NAE_ERA_R-1992_EV_Ehitusministeerium, lk 9
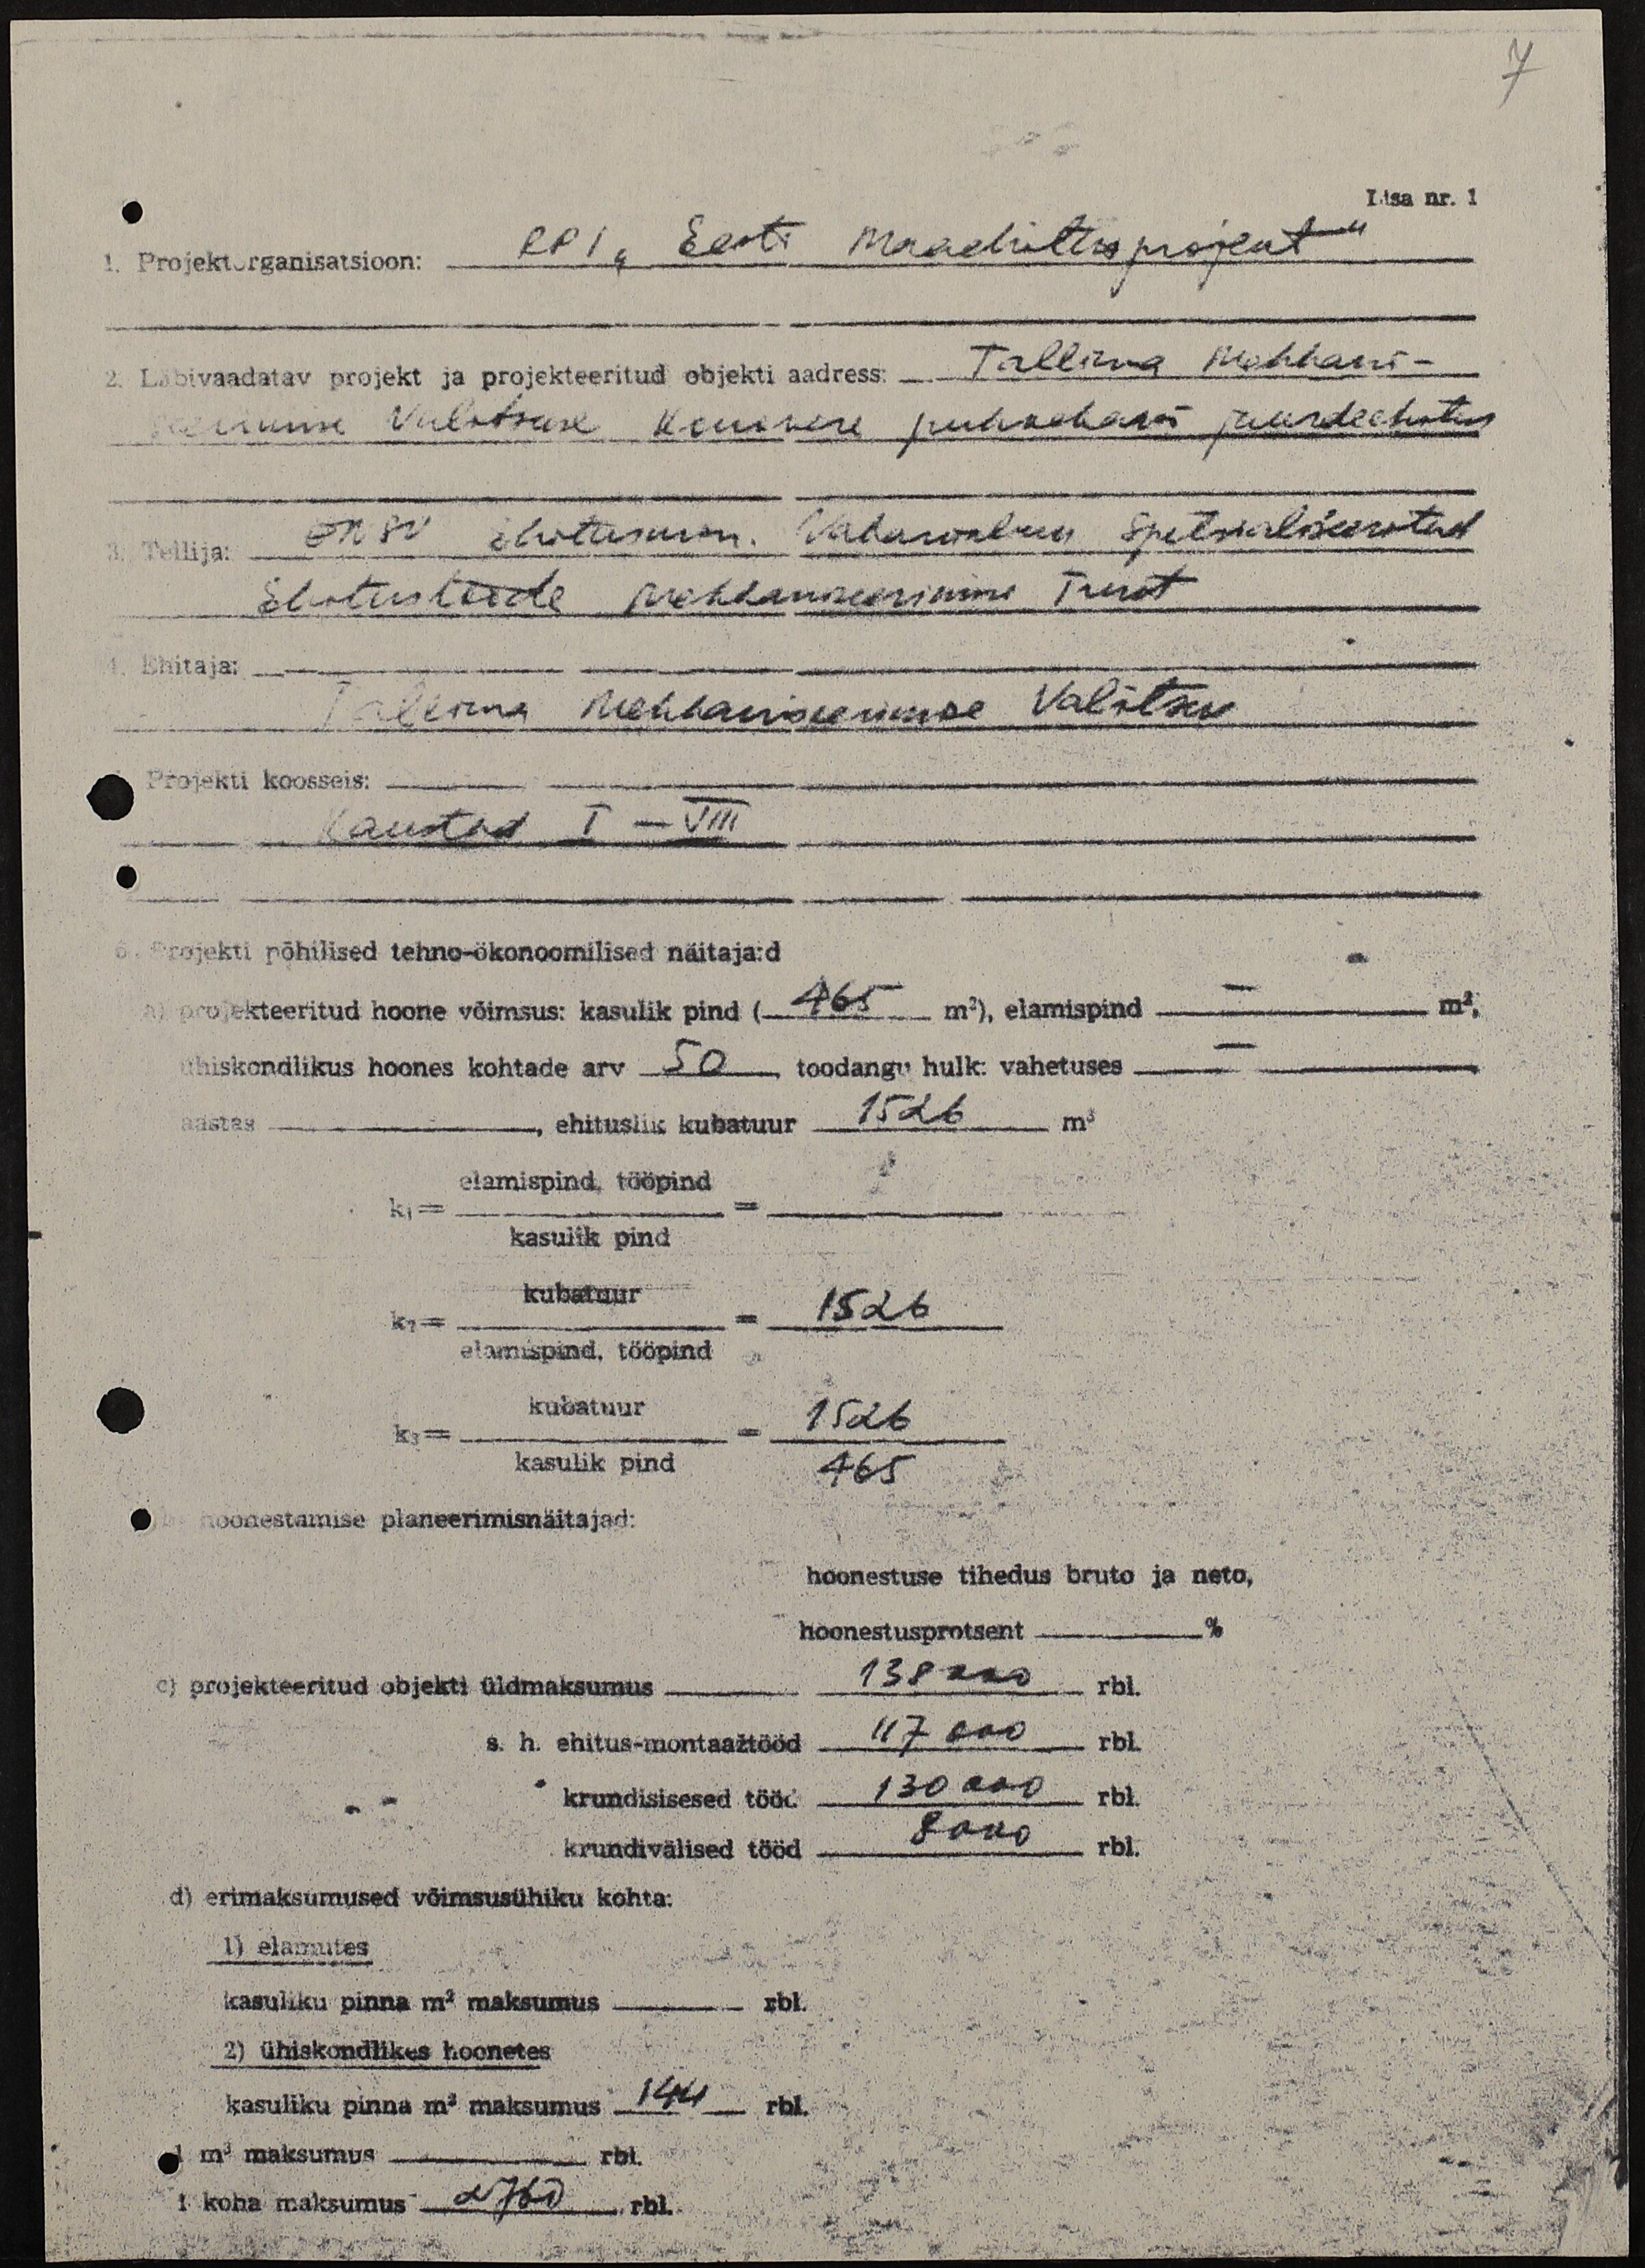
7.

Lisa nr. 1
Projektorganisatsioon: RPI "Eesti Maaehitusprojekt"
2. Läbivaadatav projekt ja projekteeritud objekti aadress: Tallinna Mehhani-
seerimise Valitsuse Konovere puhkebaasi juurdeehitus
3. Tellija: ENSV Ehitusmin. Vabariikliku Spetsialiseeritud
Ehitustööde Mehhaniseerimise Trust
4. Ehitaja:
Tallinna Mehhaniseerimise Valitsus
Projekti koosseis:
Kaustad I - VIII
6. Projekti põhilised tehno-ökonoomilised näitaja:d
a) projekteeritud hoone võimsus: kasulik pind ( 465 m2), elamispind - m2,
ühiskondlikus hoones kohtade arv 50, toodangu hulk: vahetuses -
aastas,
ehituslik kubatuur 1526 m3
k1 = elamispind, tööpind / kasulik pind =
k2 = kubatuur / elamispind, tööpind = 1526
k3 = kubatuur / kasulik pind = 1526 / 465
b) Hoonestamise planeerimisnäitajad:
hoonestuse tihedus bruto ja neto,
hoonestusprotsent %
c) projekteeritud objekti üldmaksumus 138 000 rbl.
s. h. ehitus-montaažtööd 117 000 rbl.
krundisisesed tööd 130 000 rbl.
krundivälised tööd 8000 rbl.
d) erimaksumused võimsusühiku kohta:
1) elamutes
kasuliku pinna m2 maksumus rbl.
2) ühiskondlikes hoonetes
kasuliku pinna m3 maksumus 144 rbl.
1 m3 maksumus rbl.
1 koha maksumus 2760 rbl.